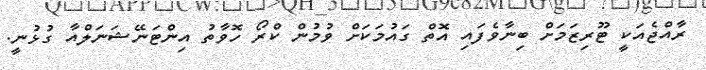
ރާއްޖެއަކީ ޓޫރިޒަމަށް ބިނާވެފައި އޮތް ގައުމަކަށް ވުމުން ކްރޯ ހޮވާތު އިންޓަނޭޝަނަލްއާ ގުޅުނީ.